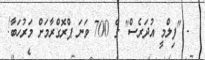
- "ފިލްމީ އުދަރެސް" ގެ 700 ވަނަ ޕްރޮގްރާމަށް މަރުހަބާ!